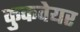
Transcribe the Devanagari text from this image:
कुकवेयर